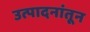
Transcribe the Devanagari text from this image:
उत्पादनांतून